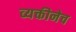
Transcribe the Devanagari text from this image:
व्यक्तीनेच